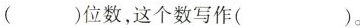
( )位数，这个数写作( )。